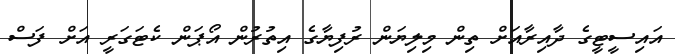
އައިސީޓީގެ ދާއިރާއަށް ތިން މިލިޔަން ރުފިޔާގެ އިތުރުން އޯޕަން ކެޓަގަރީ އަށް ފަސް